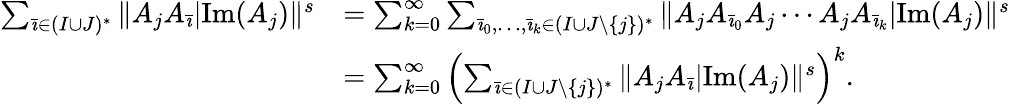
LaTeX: \begin{array}{rl}{\sum_{\bar{\imath}\in(I\cup J)^{*}}\| A_{j}A_{\bar{\imath}}|\mathrm{Im}(A_{j})\| ^{s}}&{=\sum_{k=0}^{\infty}\sum_{\bar{\imath}_{0},\ldots,\bar{\imath}_{k}\in(I\cup J\setminus\{ j\} )^{*}}\| A_{j}A_{\bar{\imath}_{0}}A_{j}\cdots A_{j}A_{\bar{\imath}_{k}}|\mathrm{Im}(A_{j})\| ^{s}}\\ &{=\sum_{k=0}^{\infty}\left(\sum_{\bar{\imath}\in(I\cup J\setminus\{ j\} )^{*}}\| A_{j}A_{\bar{\imath}}|\mathrm{Im}(A_{j})\| ^{s}\right)^{k}.}\end{array}